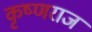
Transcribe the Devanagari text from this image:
कृष्‍णराज